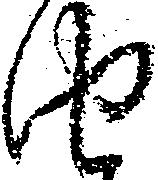
由